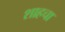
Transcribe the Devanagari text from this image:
शाहचा